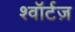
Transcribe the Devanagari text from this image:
श्वॉर्टज़